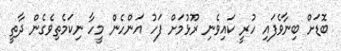
ބޮޑަށް ބިނާވެފައި ހުރީ ކައިވެނި ރޫޅުމަށް ފަހު އަންހެން މީހާ ނިކަމެތިވެގެން ދާތީ